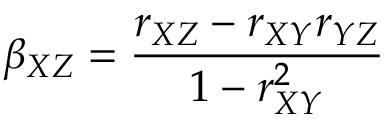
\beta _ { X Z } = \frac { r _ { X Z } - r _ { X Y } r _ { Y Z } } { 1 - r _ { X Y } ^ { 2 } }